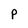
Character: p